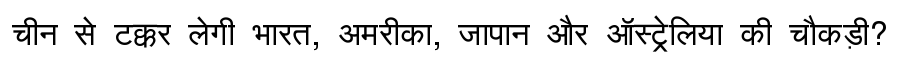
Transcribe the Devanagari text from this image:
चीन से टक्कर लेगी भारत, अमरीका, जापान और ऑस्ट्रेलिया की चौकड़ी?